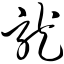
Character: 龙